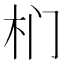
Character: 𭩛